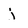
Character: j